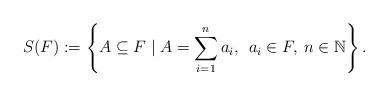
LaTeX: \begin{align*} S(F) := \left\{A \subseteq F \mid A = \sum_{i=1}^n a_i, \:\: a_i\in F,\: n\in\mathbb{N}\right\}.\end{align*}